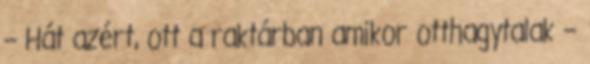
– Hát azért, ott a raktárban amikor otthagytalak –